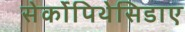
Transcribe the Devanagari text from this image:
सेर्कोपिथेसिडाए